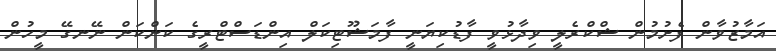
އަމާޒުވާން ފެށުމުން ޝްކްރެލީ ވިދާޅުވީ ފާޑުކިޔަނީ ފާމަޝޫޓިކަލް އިންޑަސްޓްރީގެ ކަންކަން ނޭނގޭ މީހުން